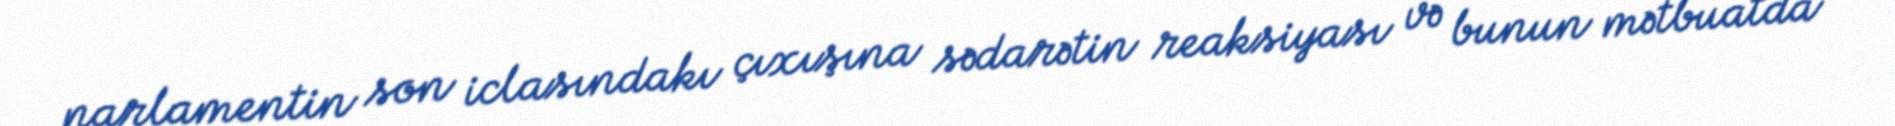
parlamentin son iclasındakı çıxışına sədarətin reaksiyası və bunun mətbuatda